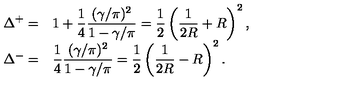
\begin{array} { r l } { \displaystyle \Delta ^ { + } = } & { 1 + \displaystyle \frac { 1 } { 4 } \displaystyle \frac { ( \gamma / \pi ) ^ { 2 } } { 1 - \gamma / \pi } = \displaystyle \frac { 1 } { 2 } \left( \displaystyle \frac { 1 } { 2 R } + R \right) ^ { 2 } , } \\ { \Delta ^ { - } = } & { \displaystyle \frac { 1 } { 4 } \displaystyle \frac { ( \gamma / \pi ) ^ { 2 } } { 1 - \gamma / \pi } = \displaystyle \frac { 1 } { 2 } \left( \displaystyle \frac { 1 } { 2 R } - R \right) ^ { 2 } . } \\ \end{array}